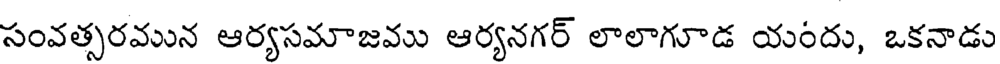
సంవత్సరమున ఆర్యసమాజము ఆర్యనగర్ లాలాగూడ యందు, ఒకనాడు